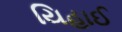
યિહાઈ